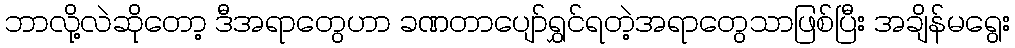
ဘာလို့လဲဆိုတော့ ဒီအရာတွေဟာ ခဏတာပျော်ရွှင်ရတဲ့အရာတွေသာဖြစ်ပြီး အချိန်မရွေး